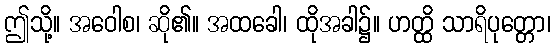
ဤသို့။ အဝေါစ၊ ဆို၏။ အထခေါ၊ ထိုအခါ၌။ ဟတ္ထိ သာရိပုတ္တော၊